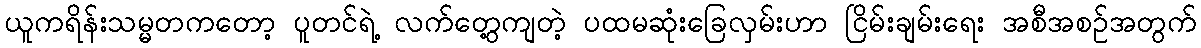
ယူကရိန်းသမ္မတကတော့ ပူတင်ရဲ့ လက်တွေ့ကျတဲ့ ပထမဆုံးခြေလှမ်းဟာ ငြိမ်းချမ်းရေး အစီအစဉ်အတွက်